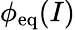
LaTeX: \phi_{\mathrm{eq}}(I)